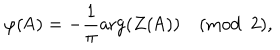
LaTeX: \varphi ( \mathsf { A } ) = - \frac 1 \pi \arg ( Z ( \mathsf { A } ) ) \pmod 2 ,